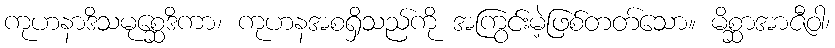
ကုဟနာဒိသမုစ္ဆေဒိကာ၊ ကုဟနအစရှိသည်ကို အကြွင်းမဲ့ဖြစ်တတ်သော။ မိစ္ဆာအာဇီဝါ၊